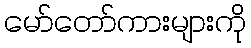
မော်တော်ကားများကို